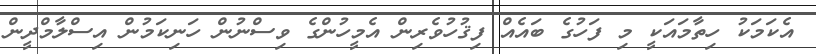
އެކަމަކު ހިތާމައަކީ މި ފަހުގެ ބައެއް ފިޤުހުވެރިން އެމީހުންގެ ވިސްނުން ހަނިކަމުން އިސްލާމްދީން